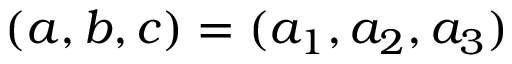
( a , b , c ) = ( a _ { 1 } , a _ { 2 } , a _ { 3 } )